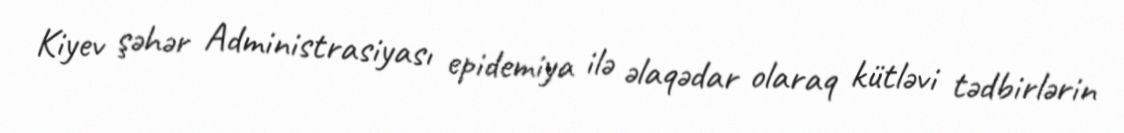
Kiyev şəhər Administrasiyası epidemiya ilə əlaqədar olaraq kütləvi tədbirlərin